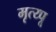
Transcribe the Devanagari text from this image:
मृत्य्पू